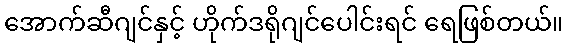
အောက်ဆီဂျင်နှင့် ဟိုက်ဒရိုဂျင်ပေါင်းရင် ရေဖြစ်တယ်။